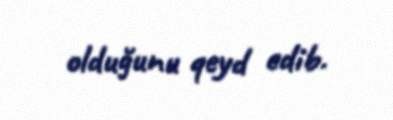
olduğunu qeyd edib.